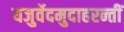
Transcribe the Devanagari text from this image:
यजुर्वेदमुदाहरन्तीं